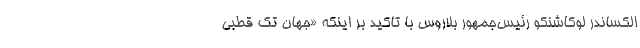
الکساندر لوکاشنکو رئیس‌جمهور بلاروس با تاکید بر اینکه «جهان تک قطبی